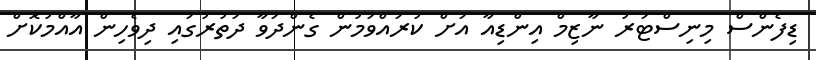
ޑިފެންސް މިނިސްޓަރު ނާޒިމް އިންޑިއާ އަށް ކުރައްވަމުން ގެންދަވާ ދަތުރުގައި ދިވެހިން އާއްމުކޮށް